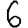
Digit: 6